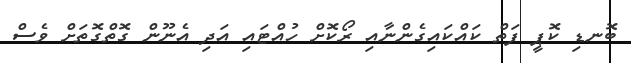
ބޮނޑި ކޮޕީ ފަތް ކައްކައިގެންނާއި ރޯކޮށް ހުއްޓައި އަދި އެނޫން ގޮތްގޮތަށް ވެސް